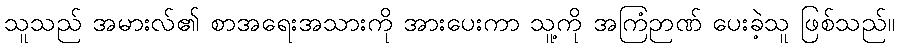
သူသည် အမားလ်၏ စာအရေးအသားကို အားပေးကာ သူ့ကို အကြံဉာဏ် ပေးခဲ့သူ ဖြစ်သည်။